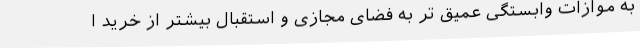
به موازات وابستگی عمیق تر به فضای مجازی و استقبال بیشتر از خرید ا